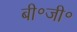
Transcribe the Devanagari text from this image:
बी॰जी॰